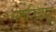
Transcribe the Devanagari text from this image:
समत्रिबाहु